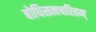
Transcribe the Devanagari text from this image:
बोधिसत्वचरितम्